Bréfritari: Benóný Jónsson
Viðtakandi: Jón Borgfirðings Jónsson
Dagsetning: A-1863-12-20
Skrifað á: Torfastöðum  V-Hún.
Óvíst

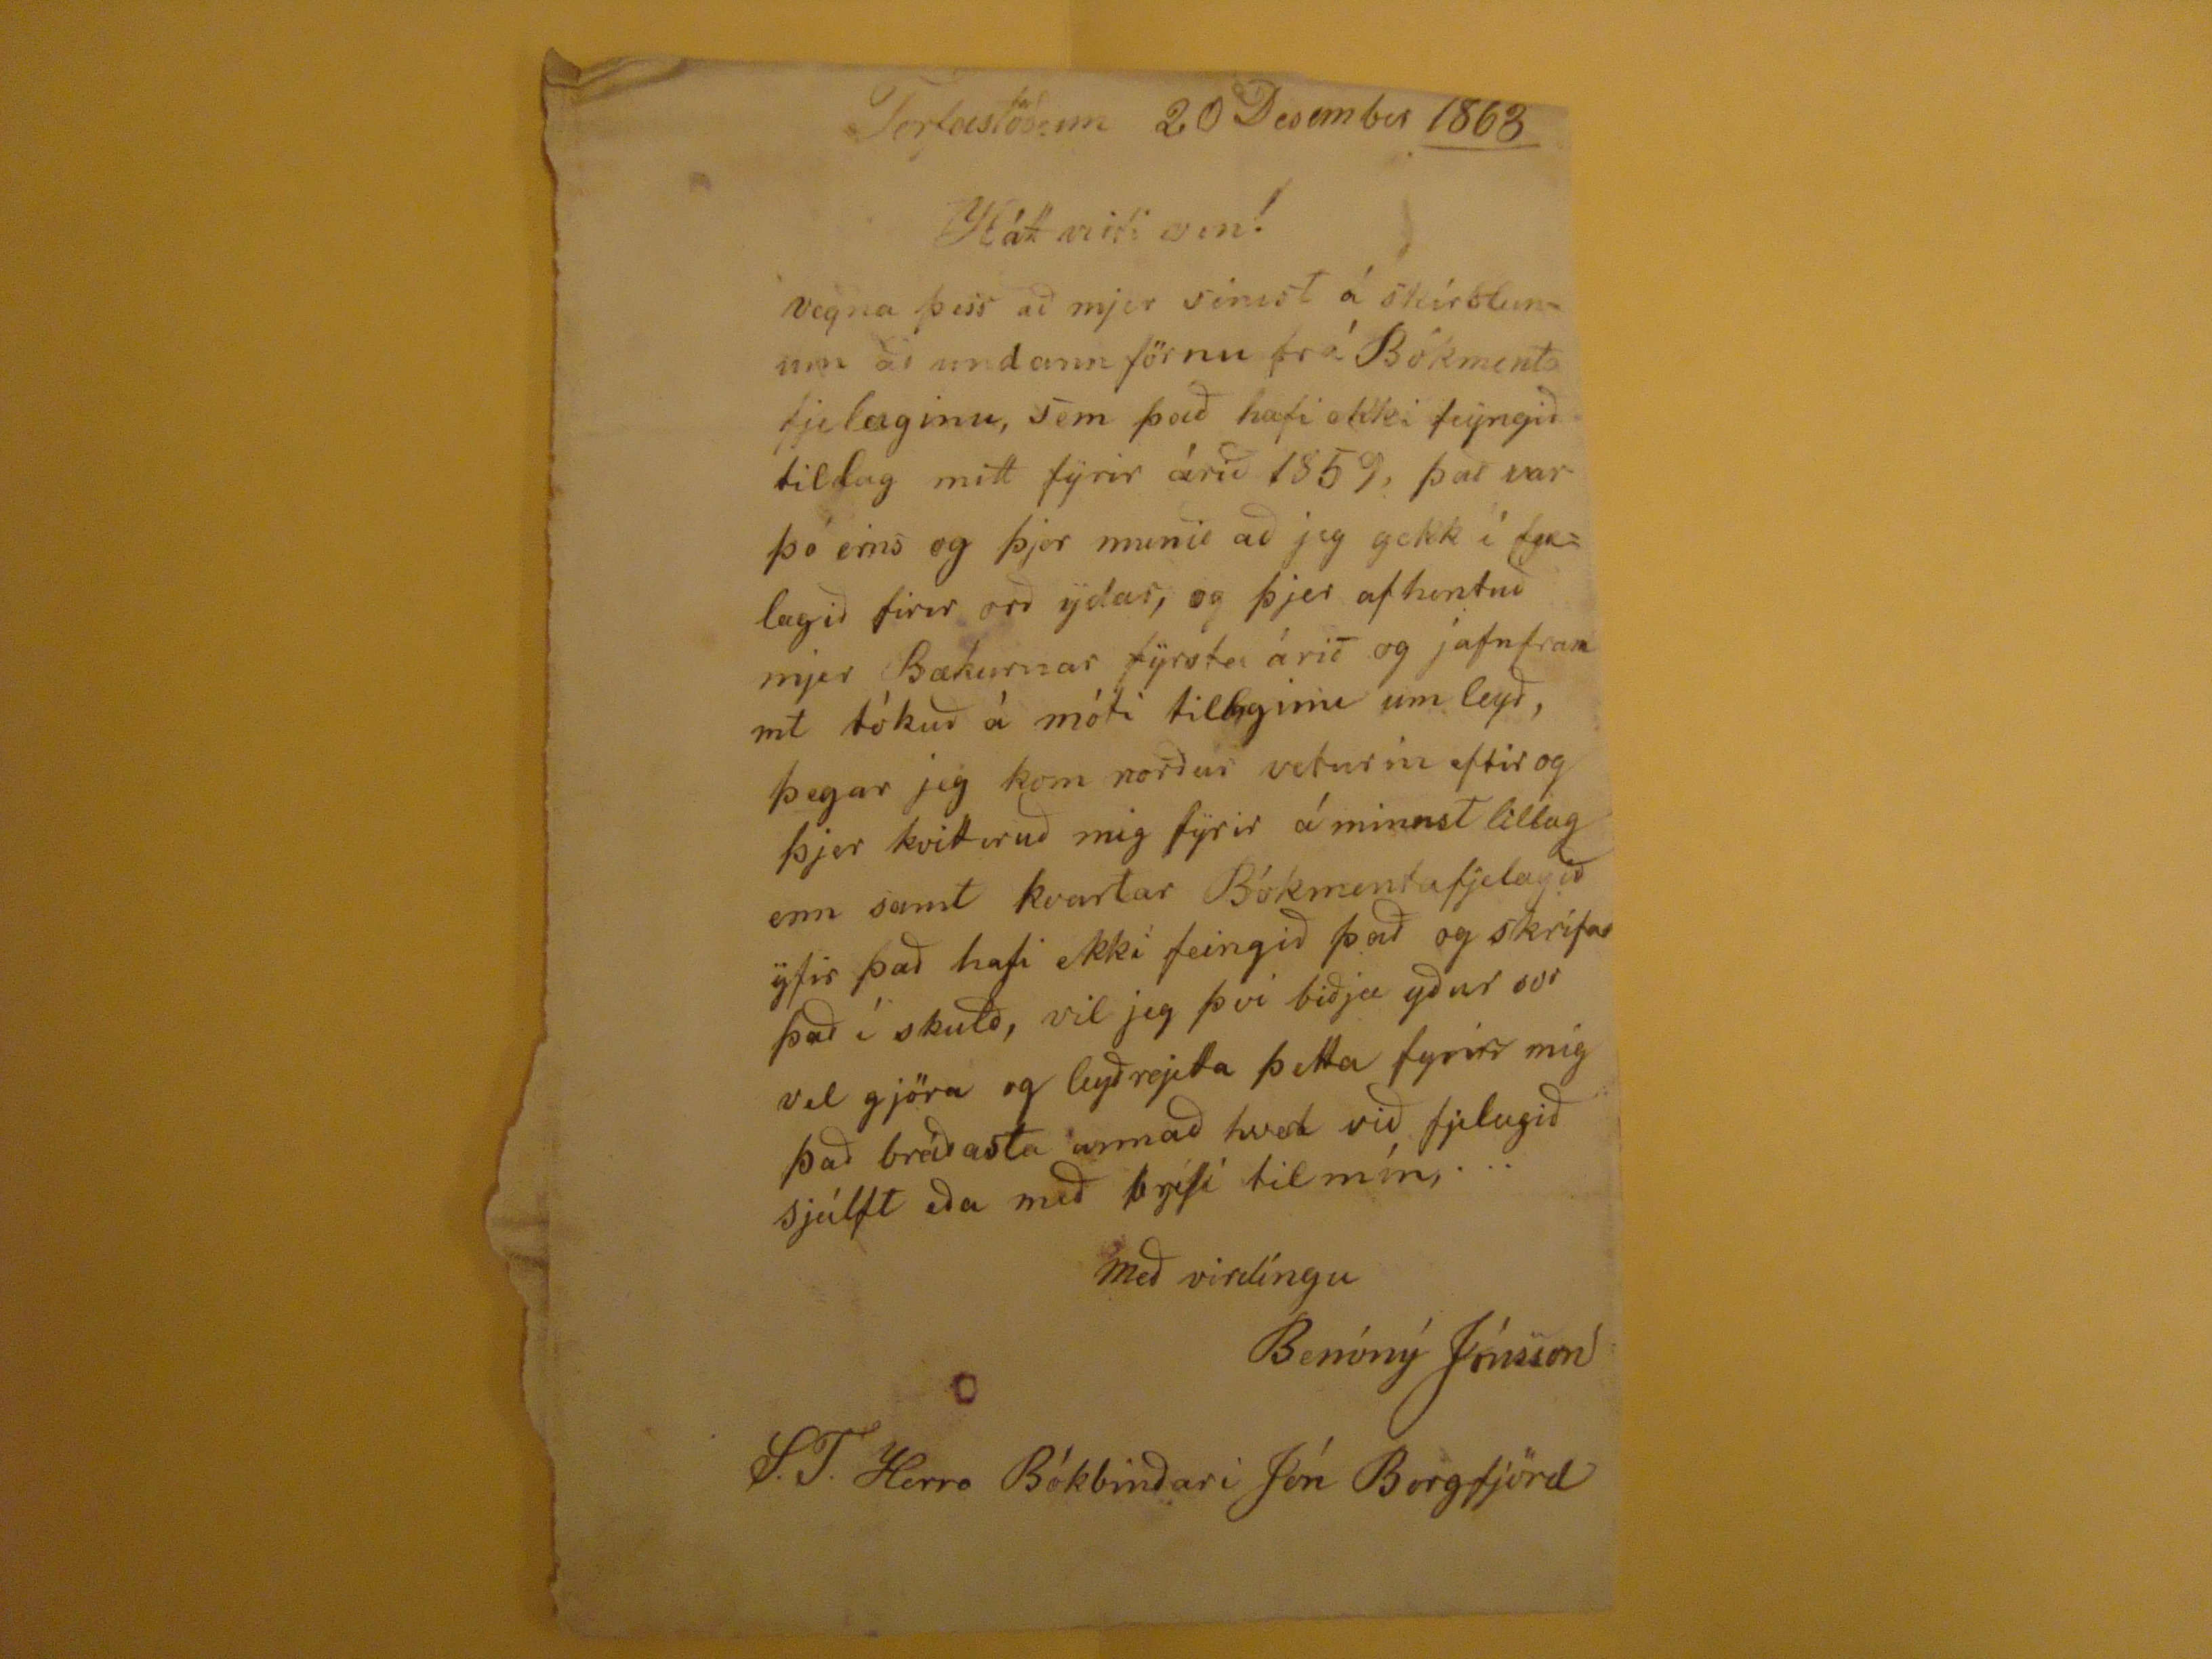

Torfastöðum 20 Desember
1863
Háttvirti vin!
vegna þess að mjer sinist á skirslunum að undann förnu frá Bókmenta fjelæginu, sem það hafi ekki feyngið tillag mitt fyrir árið 1859, þar var þó eins og þjer munið að jeg gekk í fjelagið firir orð ydar, og þjer afhentuð mjer Bækurnar fyrsta árið og jafnframmt tókuð á móti tillaginu um leyð, þegar jeg kom norður veturin eftir og þjer kvittiruð mig fyrir á minnst lillag enn samt kvartar Bókmentafjelagið yfir það hafi ekki feingið það og skrifar það í skulð, vil jeg þvi biðj ayður svo vel gjöra og leyðrjetta þetta fyrir mig það bráðasta annað hvert við fjelagið sjálft eða með brjefi til mín, ...
með virdíngu
Benóný Jónsson
S.T. Herra Bókbinðari Jón Borgfjörð